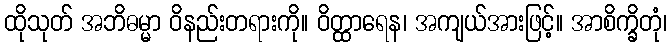
ထိုသုတ် အဘိဓမ္မာ ဝိနည်းတရားကို။ ဝိတ္ထာရေန၊ အကျယ်အားဖြင့်။ အာစိက္ခိတုံ၊